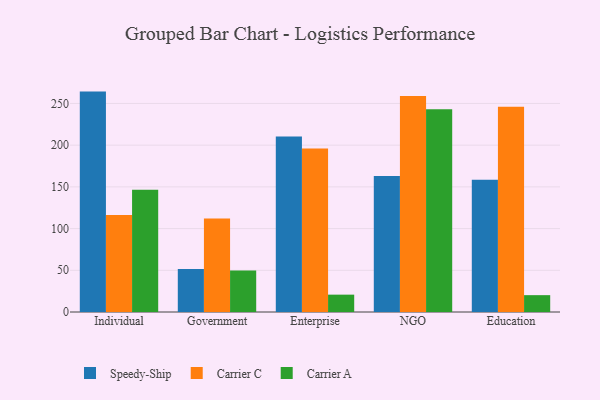
{"axis": {"x": "Segment", "y": "Energy Usage (MWh)"}, "legend": ["Carrier A", "Carrier C", "Speedy-Ship"], "data": [{"x": "Individual", "y": 264.2, "type": "Speedy-Ship"}, {"x": "Individual", "y": 116.3, "type": "Carrier C"}, {"x": "Individual", "y": 146.4, "type": "Carrier A"}, {"x": "Government", "y": 51.4, "type": "Speedy-Ship"}, {"x": "Government", "y": 112.2, "type": "Carrier C"}, {"x": "Government", "y": 49.7, "type": "Carrier A"}, {"x": "Enterprise", "y": 210.4, "type": "Speedy-Ship"}, {"x": "Enterprise", "y": 196.0, "type": "Carrier C"}, {"x": "Enterprise", "y": 20.8, "type": "Carrier A"}, {"x": "NGO", "y": 163.1, "type": "Speedy-Ship"}, {"x": "NGO", "y": 258.8, "type": "Carrier C"}, {"x": "NGO", "y": 243.1, "type": "Carrier A"}, {"x": "Education", "y": 158.4, "type": "Speedy-Ship"}, {"x": "Education", "y": 246.1, "type": "Carrier C"}, {"x": "Education", "y": 20.2, "type": "Carrier A"}]}